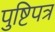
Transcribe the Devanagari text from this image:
पुष्टिपत्र